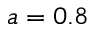
a = 0 . 8